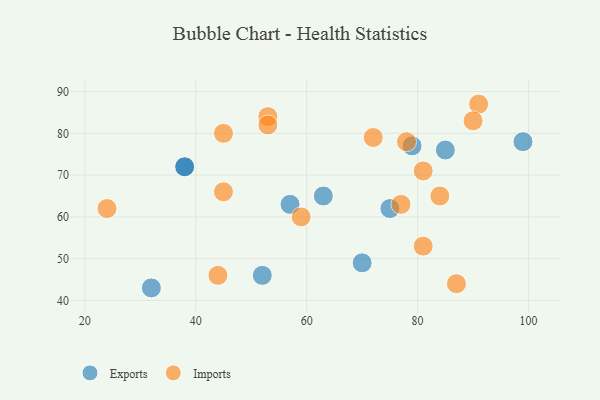
{"axis": {"x": "GDP", "y": "Life Expectancy"}, "legend": ["Exports", "Imports"], "data": [{"x": "63", "y": 65, "type": "Exports"}, {"x": "57", "y": 63, "type": "Exports"}, {"x": "70", "y": 49, "type": "Exports"}, {"x": "75", "y": 62, "type": "Exports"}, {"x": "38", "y": 72, "type": "Exports"}, {"x": "52", "y": 46, "type": "Exports"}, {"x": "38", "y": 72, "type": "Exports"}, {"x": "32", "y": 43, "type": "Exports"}, {"x": "99", "y": 78, "type": "Exports"}, {"x": "79", "y": 77, "type": "Exports"}, {"x": "85", "y": 76, "type": "Exports"}, {"x": "91", "y": 87, "type": "Imports"}, {"x": "81", "y": 53, "type": "Imports"}, {"x": "53", "y": 84, "type": "Imports"}, {"x": "90", "y": 83, "type": "Imports"}, {"x": "78", "y": 78, "type": "Imports"}, {"x": "24", "y": 62, "type": "Imports"}, {"x": "53", "y": 82, "type": "Imports"}, {"x": "44", "y": 46, "type": "Imports"}, {"x": "77", "y": 63, "type": "Imports"}, {"x": "87", "y": 44, "type": "Imports"}, {"x": "81", "y": 71, "type": "Imports"}, {"x": "72", "y": 79, "type": "Imports"}, {"x": "84", "y": 65, "type": "Imports"}, {"x": "45", "y": 80, "type": "Imports"}, {"x": "45", "y": 66, "type": "Imports"}, {"x": "59", "y": 60, "type": "Imports"}]}